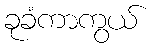
ခုခံကာကွယ်